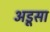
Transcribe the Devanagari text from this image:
अडूसा